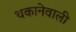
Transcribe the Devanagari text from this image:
थकानेवाली